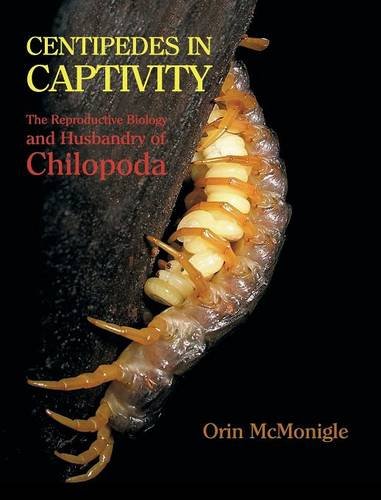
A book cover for Centipedes in Captivity: The Reproductive Biology and Husbandry of Chilopoda; Orin McMonigle; Crafts, Hobbies & Home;